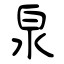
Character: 泉